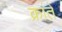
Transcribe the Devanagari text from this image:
क्रांते